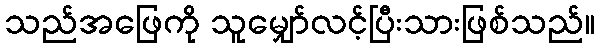
သည်အဖြေကို သူမျှော်လင့်ပြီးသားဖြစ်သည်။